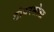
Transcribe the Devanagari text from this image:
डोवरसोला